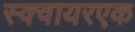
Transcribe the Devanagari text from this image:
स्क्वायरएक